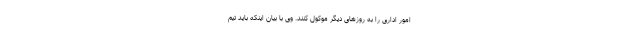
امور اداری را به روزهای دیگر موکول کنند. وی با بیان اینکه باید تیم